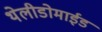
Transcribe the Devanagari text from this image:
थेलीडोमाईड